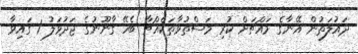
ދައުލަތުން އޭނާގެ މައްޗަށް ކުރި މަސްތުވާތަކެއްޗާ ބެހޭ ގާނޫނުގެ ޖަދުވަލު 1 ގައިވާ